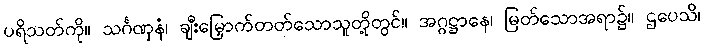
ပရိသတ်ကို။ သင်္ဂဏှနံ၊ ချီးမြှောက်တတ်သောသူတို့တွင်။ အဂ္ဂဋ္ဌာနေ၊ မြတ်သောအရာ၌။ ဌပေသိ၊